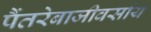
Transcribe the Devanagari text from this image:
पैंतरेबाजीवर्साय